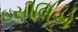
ઇસીલિએ